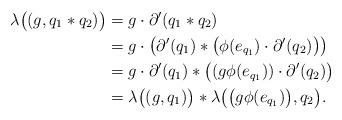
LaTeX: \begin{align*}\lambda \big((g, q_1 \ast q_2) \big) &= g \cdot \partial'(q_1 \ast q_2) \\&= g \cdot \big(\partial'( q_1) \ast \big(\phi(e_{q_1}) \cdot \partial'(q_2) \big) \big)\\&= g \cdot \partial'(q_1) \ast \big( (g \phi(e_{q_1})) \cdot \partial'(q_2) \big)\\&=\lambda\big((g,q_1)\big) \ast \lambda \big( \big( g\phi(e_{q_1}) \big),q_2 \big).\end{align*}